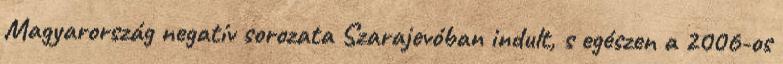
Magyarország negatív sorozata Szarajevóban indult, s egészen a 2006-os